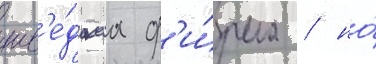
шв'е́дскаа ф'и́рма / но́